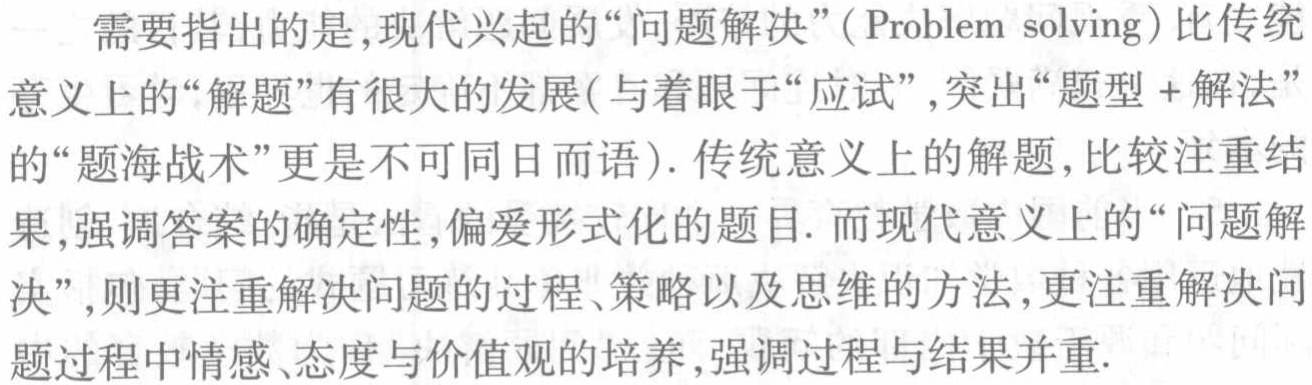
需要指出的是,现代兴起的“问题解决”(Problem solving)比传统

意义上的“解题”有很大的发展(与着眼于“应试”,突出“题型+解法”

的“题海战术”更是不可同日而语). 传统意义上的解题,比较注重结

果,强调答案的确定性,偏爱形式化的题目. 而现代意义上的“问题解

决”,则更注重解决问题的过程、策略以及思维的方法,更注重解决问

题过程中情感、态度与价值观的培养,强调过程与结果并重.